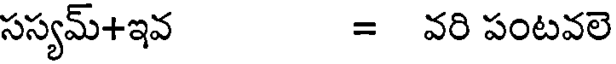
సస్యమ్+ఇవ = వరి పంటవలె